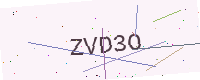
Text: ZVD3O